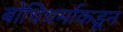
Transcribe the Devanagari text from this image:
बोधिधर्माकडून